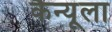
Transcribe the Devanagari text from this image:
कैन्यूला